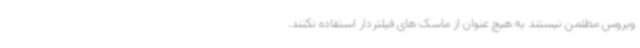
ویروس مطئمن نیستند به هیچ عنوان از ماسک های فیلتردار استفاده نکنند.